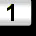
Digit: 1